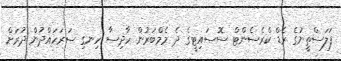
ފަލަސްތީނުގެ ރެޑް ކްރެސެންޓް ސޮސައިޓީގެ ދެ މެމްބަރުން ހާދިސާ ހިނގި ސަރަހައްދުން ދުރަށް